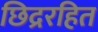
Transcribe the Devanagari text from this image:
छिद्ररहित